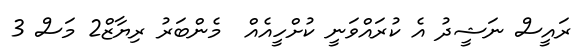
ރައީސް ނަޝީދު އެ ކުރައްވަނީ ކުށްހީއެއް  މެންބަރު ރިޔާޒް2 މަސް 3